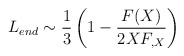
\begin{align*}L_{end} \sim \frac {1}{3} \left( 1 - \frac{F(X)}{2X F_{,X}} \right)\end{align*}